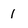
Character: 1